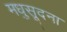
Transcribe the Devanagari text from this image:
मधुसूदना